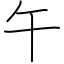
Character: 午